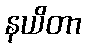
နယိတာ